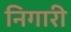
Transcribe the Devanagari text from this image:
निगारी